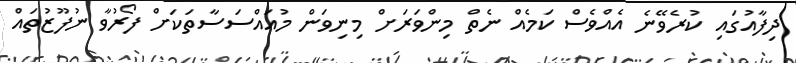
ދިފާއުގައި ކުރެވޭނެ އެއްވެސް ކަމެއް ނެތް މިންވަރަށް މިނިވަން މުއައްސަސާތަކަށް ފޯރުވާ ނުފޫޒުތައް